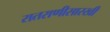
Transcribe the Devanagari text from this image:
रातराणीसारखी